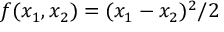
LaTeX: f ( x _ { 1 } , x _ { 2 } ) = ( x _ { 1 } - x _ { 2 } ) ^ { 2 } / 2